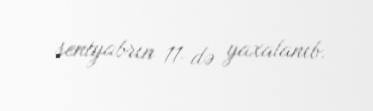
sentyabrın 11-də yaxalanıb.